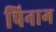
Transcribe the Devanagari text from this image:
पिनाग